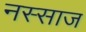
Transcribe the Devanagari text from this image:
नस्साज